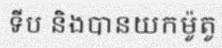
ទីប និងបានយកម៉ូតូ